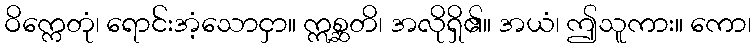
ဝိက္ကေတုံ၊ ရောင်းအံ့သောငှာ။ ဣစ္ဆတိ၊ အလိုရှိ၏။ အယံ၊ ဤသူကား။ ကော၊